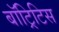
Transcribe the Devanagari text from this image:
बॉट्रिटिस